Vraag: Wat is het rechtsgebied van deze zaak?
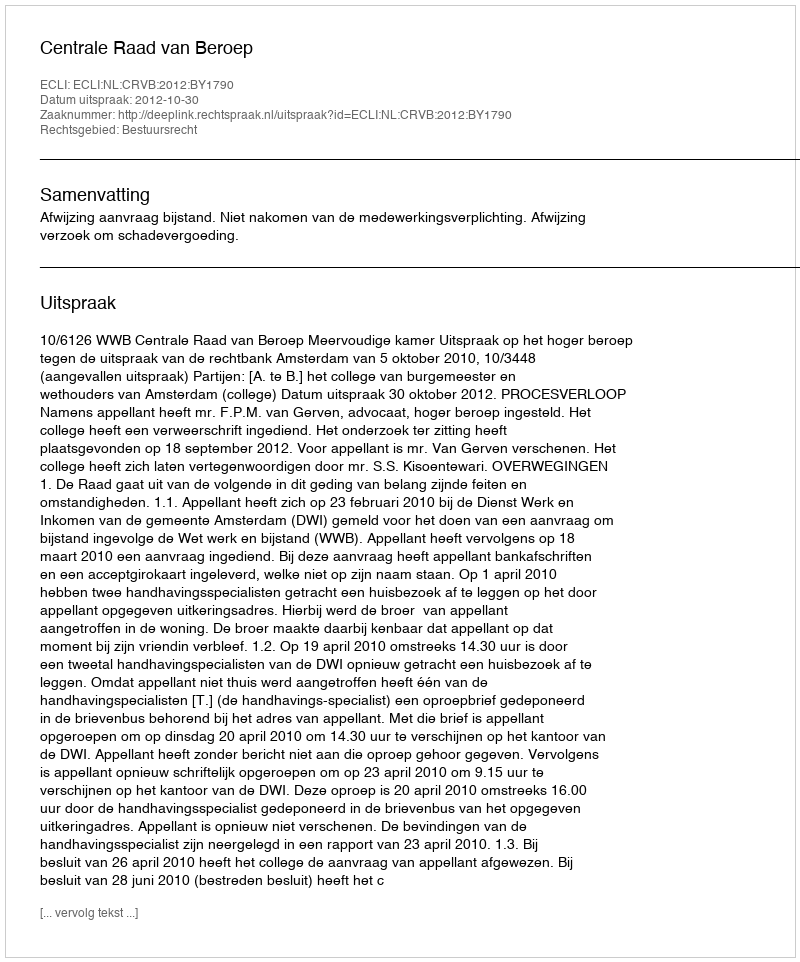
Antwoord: Bestuursrecht